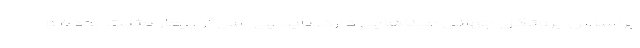
براساس پروتکل جهانی مبناهایی دارد. باید پی سی آر بیمار مثبت بوده و